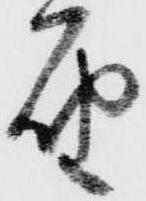
届